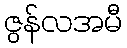
ဇွန်လအမီ